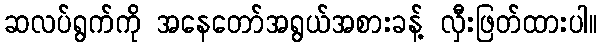
ဆလပ်ရွက်ကို အနေတော်အရွယ်အစားခန့် လှီးဖြတ်ထားပါ။